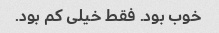
خوب بود. فقط خیلی کم بود.